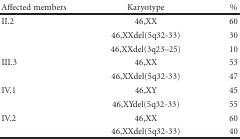
<table><thead><tr><td><b>Affected members</b></td><td><b>Karyotype</b></td><td><b>%</b></td></tr></thead><tbody><tr><td>II.2</td><td>46,XX</td><td>60</td></tr><tr><td></td><td>46,XXdel(5q32-33)</td><td>30</td></tr><tr><td></td><td>46,XXdel(3q23–25)</td><td>10</td></tr><tr><td>III.3</td><td>46,XX</td><td>53</td></tr><tr><td></td><td>46,XXdel(5q32-33)</td><td>47</td></tr><tr><td>IV.1</td><td>46,XY</td><td>45</td></tr><tr><td></td><td>46,XYdel(5q32-33)</td><td>55</td></tr><tr><td>IV.2</td><td>46,XX</td><td>60</td></tr><tr><td></td><td>46,XXdel(5q32-33)</td><td>40</td></tr></tbody></table>